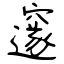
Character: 邃